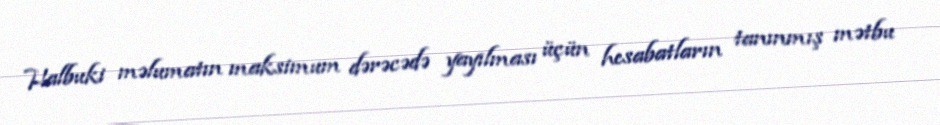
Halbuki məlumatın maksimum dərəcədə yayılması üçün hesabatların tanınmış mətbu